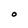
Character: O